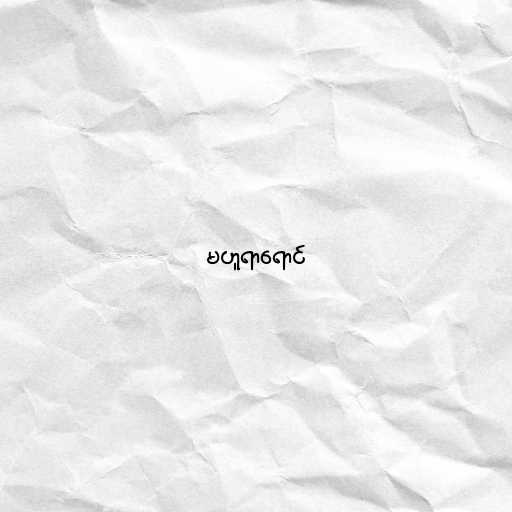
မဟူရာရောင်